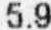
5.9